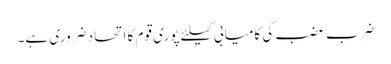
ضرب عضب کی کامیابی کیلئے پوری قوم کا اتحاد ضروری ہے۔